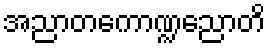
အညာတကောဏ္ဍညောတိ